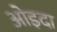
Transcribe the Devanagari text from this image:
ओइदा